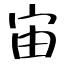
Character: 宙